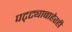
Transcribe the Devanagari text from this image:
पट्ट्याबाहेरही